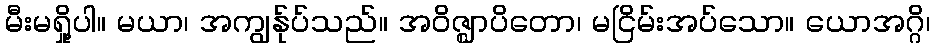
မီးမရှို့ပါ။ မယာ၊ အကျွန်ုပ်သည်။ အဝိဇ္ဈာပိတော၊ မငြိမ်းအပ်သော။ ယောအဂ္ဂိ၊